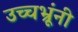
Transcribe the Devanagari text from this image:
उच्चभ्रूंनी